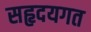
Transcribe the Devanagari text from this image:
सहृदयगत